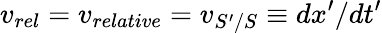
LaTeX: v_{rel}=v_{relative}=v_{S^{\prime}/S}\equiv dx^{\prime}/dt^{\prime}